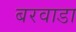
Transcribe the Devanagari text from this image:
बरवाडा